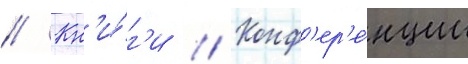
// Кн'и́г'и // Конф'ер'е́нции